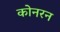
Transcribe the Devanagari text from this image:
कोनरन